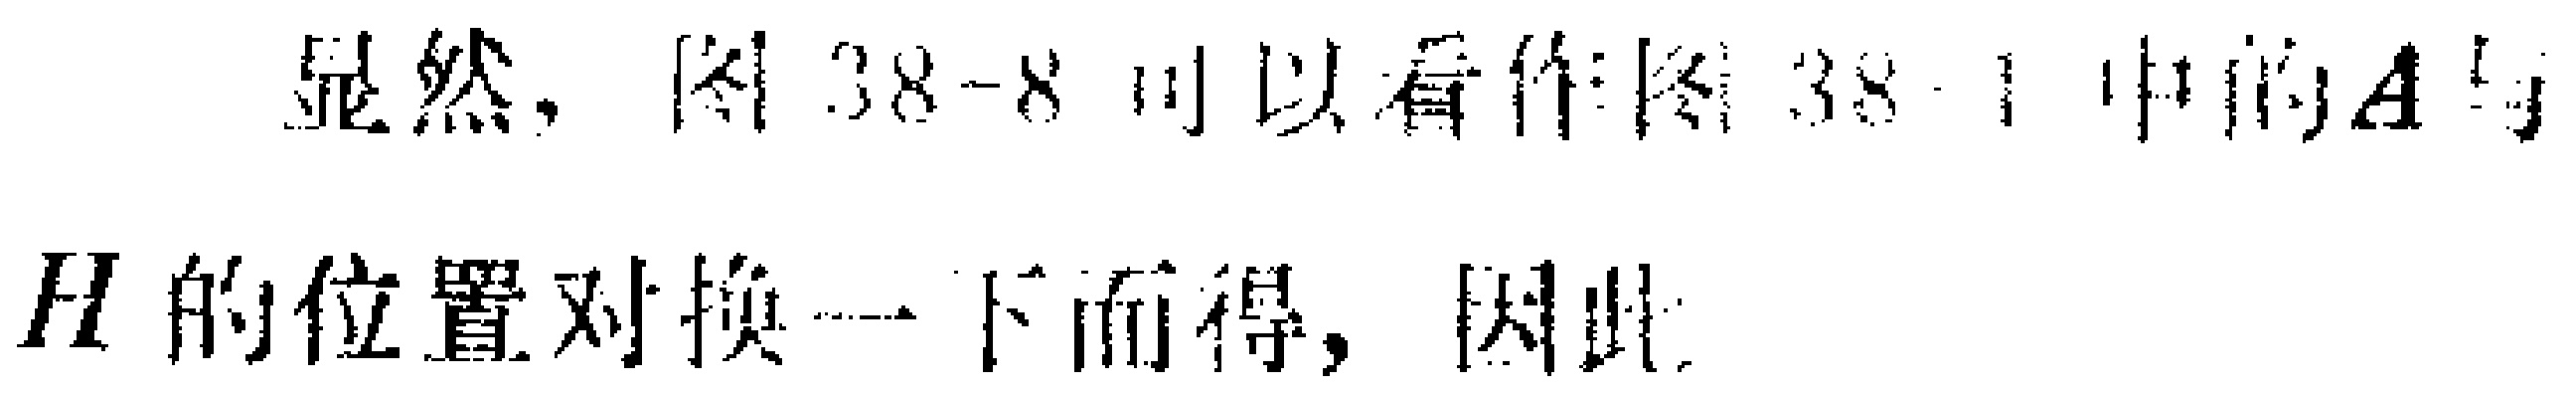
显然，图38-8可以看作图38-1中的\(A\)与\(H\)的位置对换一下而得，因此